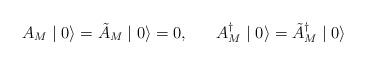
LaTeX: \begin{align*}A_{M} \mid 0 \rangle = \tilde{A}_{M} \mid 0 \rangle = 0, \;\;\;\;\;\;A^{\dagger}_{M} \mid 0 \rangle = \tilde{A}^{\dagger}_{M} \mid 0 \rangle \end{align*}